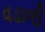
વડાળી